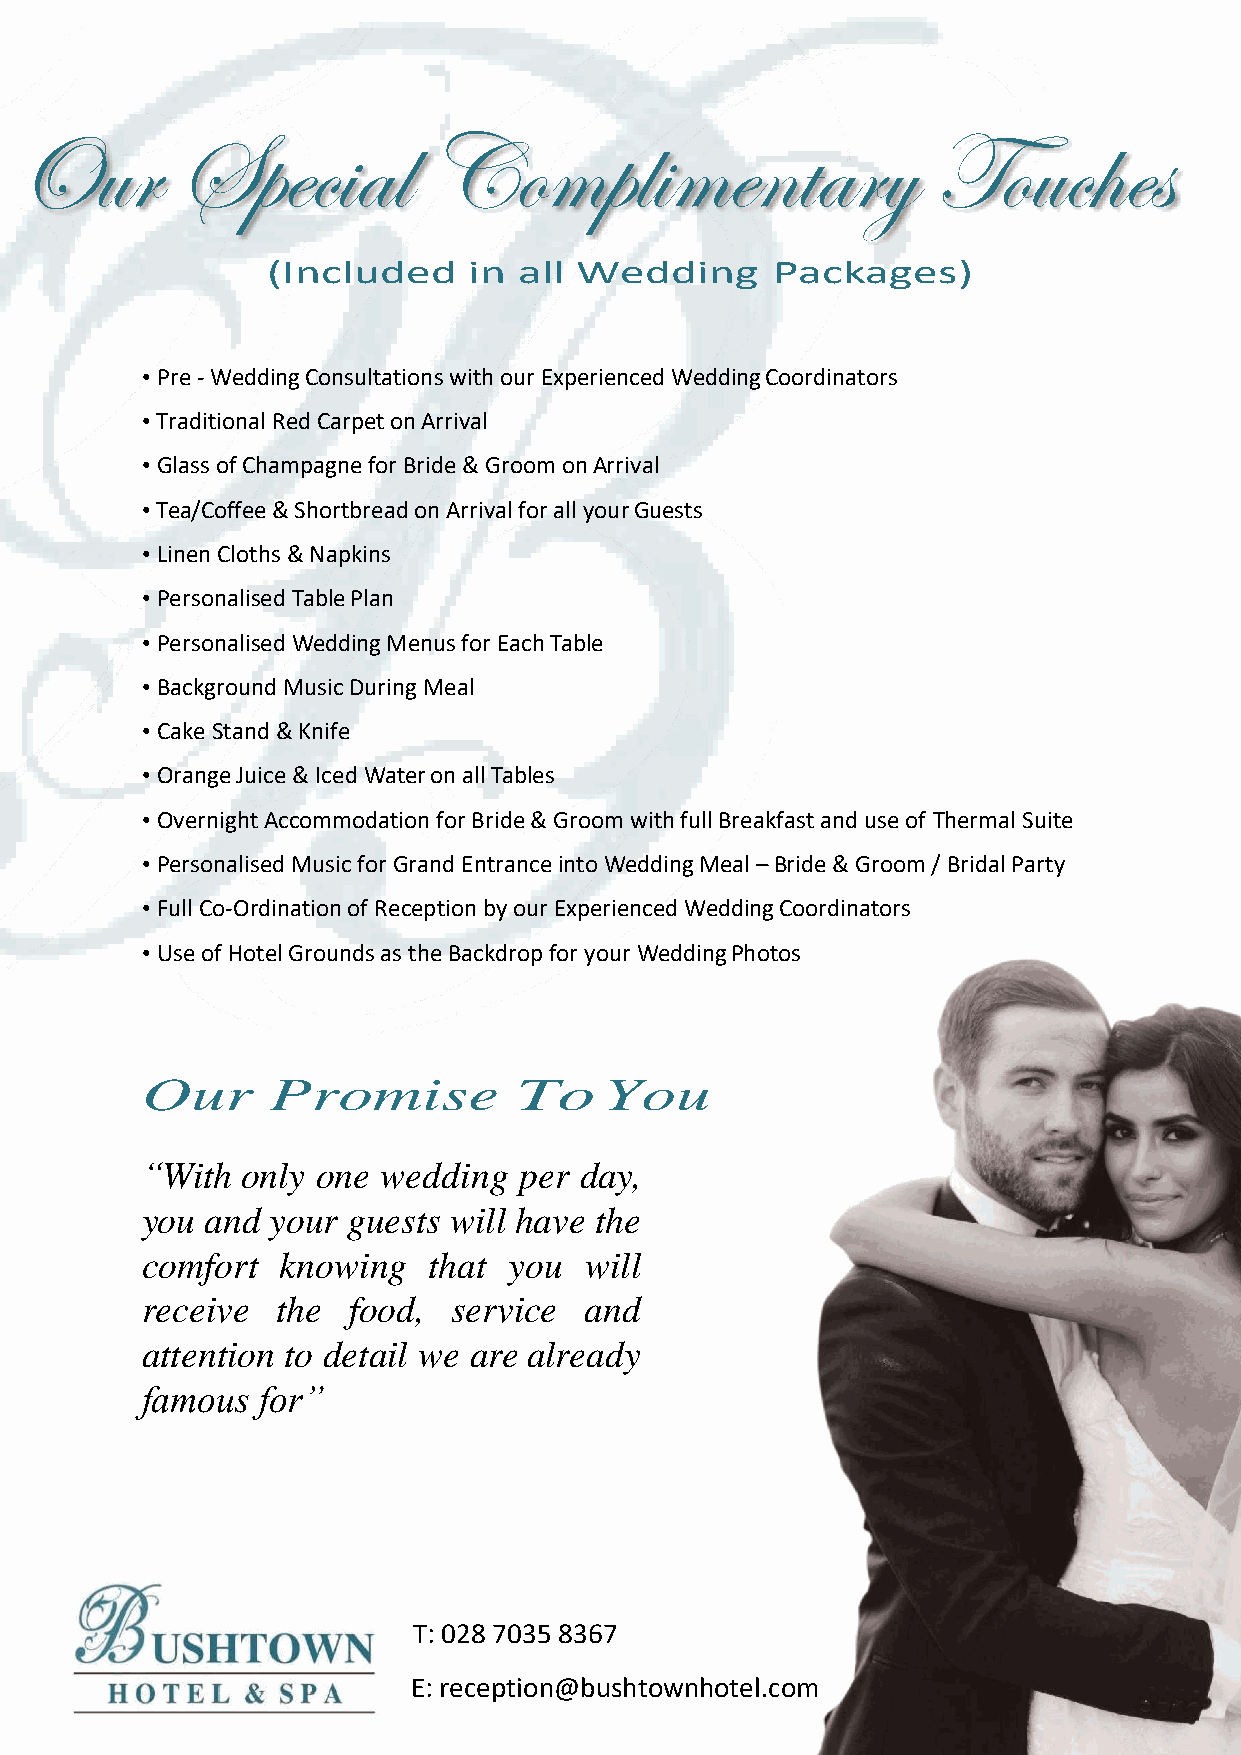
Our        Special         Complimentary                     Touches
 (Included    in all Wedding      Packages)
 • Pre - Wedding Consultations with our Experienced Wedding Coordinators
 • Traditional Red Carpet on Arrival
 • Glass of Champagne for Bride & Groom on Arrival
 • Tea/Coffee & Shortbread on Arrival for all your Guests
 • Linen Cloths & Napkins
 • Personalised Table Plan
 • Personalised Wedding Menus for Each Table
 • Background Music During Meal
 • Cake Stand & Knife
 • Orange Juice & Iced Water on all Tables
 • Overnight Accommodation for Bride & Groom with full Breakfast and use of Thermal Suite
 • Personalised Music for Grand Entrance into Wedding Meal – Bride & Groom / Bridal Party
 • Full Co-Ordination of Reception by our Experienced Wedding Coordinators
 • Use of Hotel Grounds as the Backdrop for your Wedding Photos
 Our      Promise         To    You
 “With  only one wedding  per day,
 you  and your guests will have the
 comfort   knowing  that  you  will
 receive  the  food,  service  and
 attention to detail we are already
 famous  for”
 T: 028 7035 8367
 E: reception@bushtownhotel.com